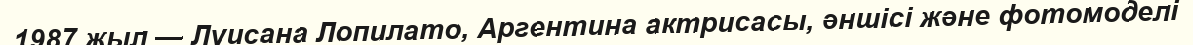
1987 жыл — Луисана Лопилато, Аргентина актрисасы, әншісі және фотомоделі